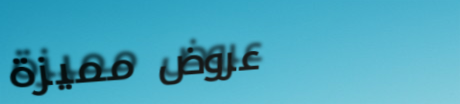
عروض مميزة